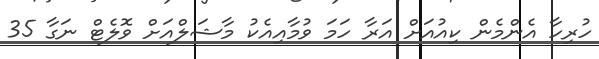
ހުރިހާ އެންމެން ކިއުއަށް އަރާ ހަމަ ވުމާއިއެކު މާޝަލްއަށް ވޮލެޓް ނަގާ 35